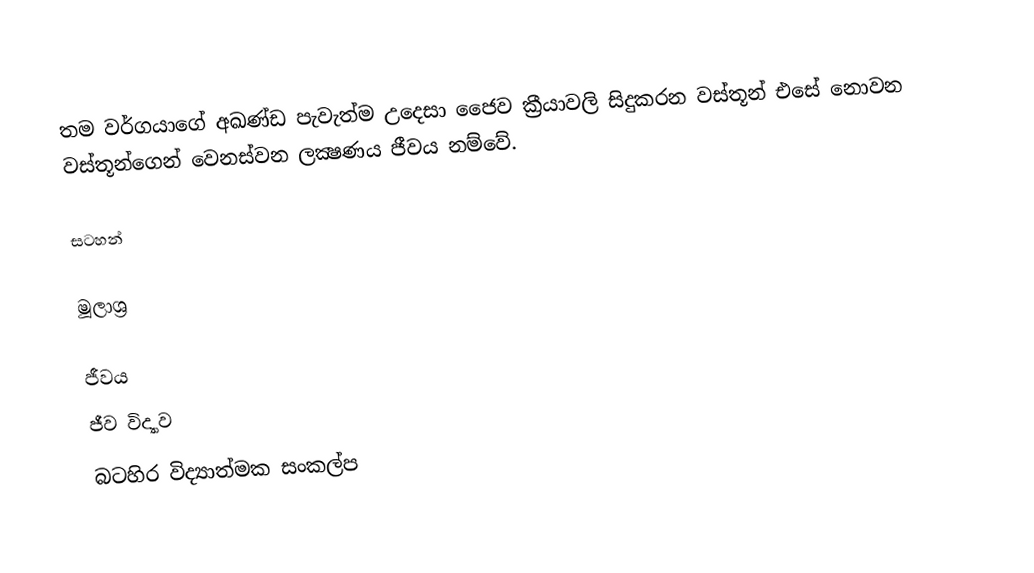
තම වර්ගයාගේ අඛණ්‍ඩ පැවැත්ම උදෙසා ජෛව ක්‍රීයාවලි සිදුකර‍‍න වස්තූන් එසේ නොවන වස්තූන්ගෙන් වෙනස්වන ලක්‍ෂණය ජීවය නම්වේ.

සටහන්

මූලාශ්‍ර

ජීවය
ජීව විද්‍යාව
බ‍ටහිර විද්‍යාත්මක සංකල්ප